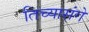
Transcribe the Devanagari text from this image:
तिच्यासंगे